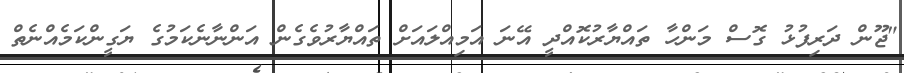
"ޖޫން ދަރިފުޅު ގޮސް މަންހާ ތައްޔާރުކޮއްދީ އޭނަ އަމިއްލައަށް ތައްޔާރުވެގެން އަންނާނެކަމުގެ ޔަގީންކަމެއްނެތް